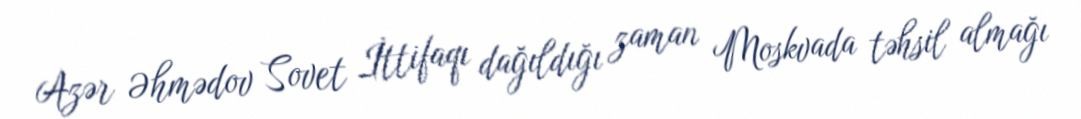
Azər Əhmədov Sovet İttifaqı dağıldığı zaman Moskvada təhsil almağı